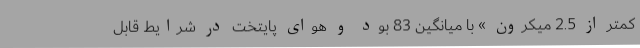
کمتر از 2.5 میکرون » با میانگین 83 بود و هوای پایتخت در شرایط قابل